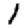
Digit: 1